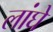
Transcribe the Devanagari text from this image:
लांघे